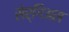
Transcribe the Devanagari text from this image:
सेर्गिअस